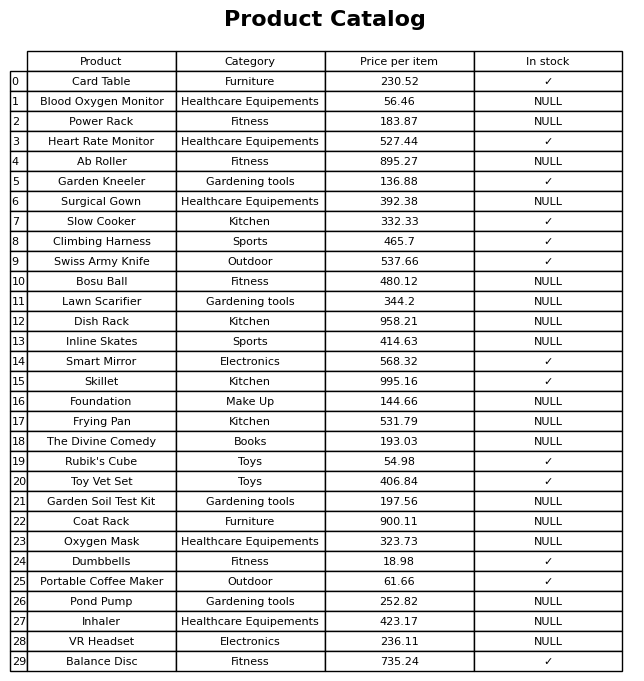
question: Is the Heart Rate Monitor in stock?
answer: ✓